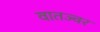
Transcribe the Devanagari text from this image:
वातज्वर